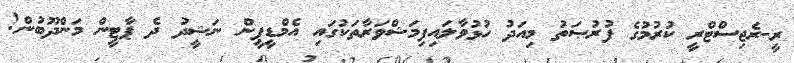
ރީ-ރެޖިސްޓްރީ ކުރުމުގެ ފުރުޞަތު މިއަދު ހުޅުވާލައިފިމަޝްވަރާތަކުގައި އެމްޑީޕީން ނަޝީދު ދެ ޕާޓީން މަންދޫބުން!